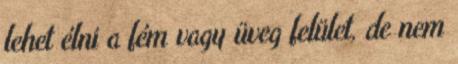
lehet élni a fém vagy üveg felület, de nem